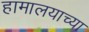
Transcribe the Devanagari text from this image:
हामालयाच्या